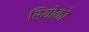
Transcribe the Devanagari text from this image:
रियोको